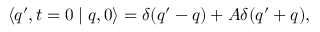
\langle q ^ { \prime } , t = 0 \mid q , 0 \rangle = \delta ( q ^ { \prime } - q ) + A \delta ( q ^ { \prime } + q ) ,